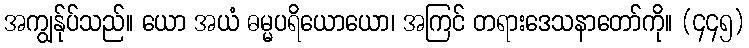
အကျွန်ုပ်သည်။ ယော အယံ ဓမ္မပရိယောယော၊ အကြင် တရားဒေသနာတော်ကို။ (၄၄၅)